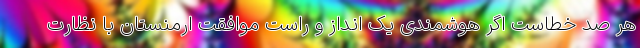
هر صد خطاست اگر هوشمندی یک انداز و راست موافقت ارمنستان با نظارت